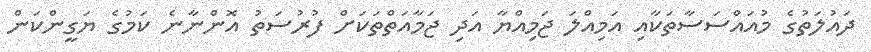
ދައުލަތުގެ މުއައްސަސާތަކާއި އަމިއްލަ ޖަމިއްޔާ އަދި ޖަމާއަތްްތަކަށް ފުރުސަތު އޮންނާނެ ކަމުގެ ޔަގީންކަން